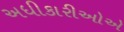
અધીકારીઓએ